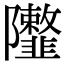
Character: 𨽮